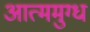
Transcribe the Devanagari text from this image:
आत्ममुग्ध